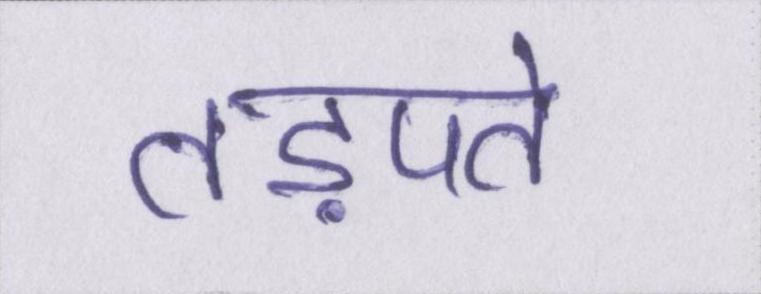
तड़पते